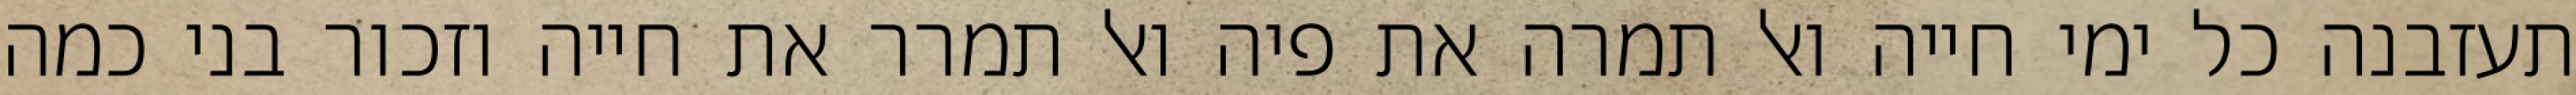
תעזבנה כל ימי חייה ואל תמרה את פיה ואל תמרר את חייה וזכור בני כמה